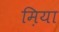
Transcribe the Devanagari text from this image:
म़िया